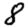
Digit: 8